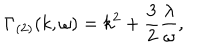
LaTeX: \Gamma _ { ( 2 ) } ( k , \omega ) = k ^ { 2 } + \frac { 3 } { 2 } \frac { \lambda } { \omega } ,